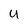
Character: U